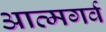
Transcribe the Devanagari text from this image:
आत्मगर्व